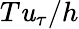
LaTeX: T\mathit{u}_{\tau}/h